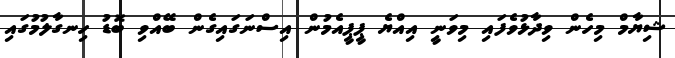
ޝިޔާމް މިހެން ވިދާޅުވެފައި މިވަނިީ އިއްޔެ ޕީޕީއެމުން އިސްނަގައިގެން ބޭއްވި ބޮޑު ހިނގާލުމުގައި